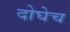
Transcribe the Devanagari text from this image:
दोघेच